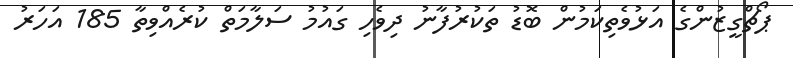
ޕޯޗްގީޒުންގެ އަޅުވެތިކަމުން ބޮޑު ތަކުރުފާނު ދިވެހި ގައުމު ސަލާމަތް ކުރެއްވިތާ 185 އަހަރު